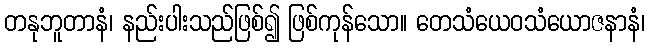
တနုဘူတာနံ၊ နည်းပါးသည်ဖြစ်၍ ဖြစ်ကုန်သော။ တေသံယေဝသံယောဇနာနံ၊